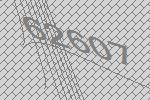
62607